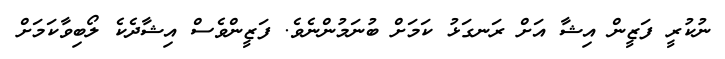
ނުކުރީ ފަޒީން އިޝާ އަށް ރަނގަޅު ކަމަށް ބުނަމުންނެވެ. ފަޒީންވެސް އިޝާދެކެ ލޯބިވާކަމަށް